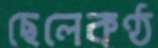
ছেলেকণ্ঠ